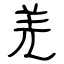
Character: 羌